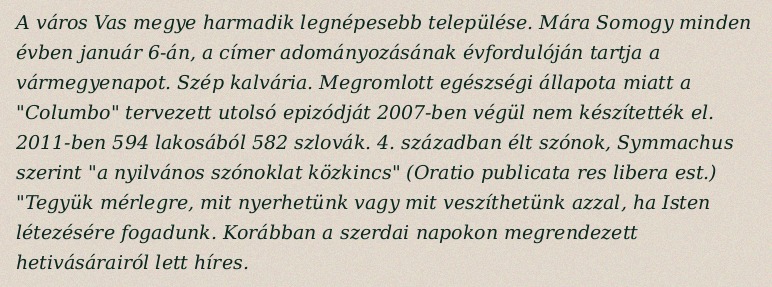
A város Vas megye harmadik legnépesebb települése. Mára Somogy minden évben január 6-án, a címer adományozásának évfordulóján tartja a vármegyenapot. Szép kalvária. Megromlott egészségi állapota miatt a "Columbo" tervezett utolsó epizódját 2007-ben végül nem készítették el. 2011-ben 594 lakosából 582 szlovák. 4. században élt szónok, Symmachus szerint "a nyilvános szónoklat közkincs" (Oratio publicata res libera est.) "Tegyük mérlegre, mit nyerhetünk vagy mit veszíthetünk azzal, ha Isten létezésére fogadunk. Korábban a szerdai napokon megrendezett hetivásárairól lett híres.